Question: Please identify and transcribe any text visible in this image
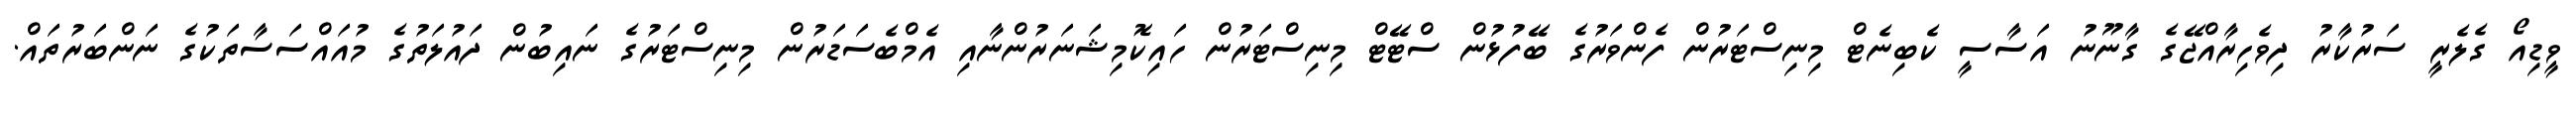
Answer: ވީޑިއޯ ގެލެރީ ސަރުކާރު ދިވެހިރާއްޖޭގެ ގާނޫނު އަސާސީ ކެބިނެޓް މިނިސްޓަރުން ފެންވަރުގެ ބޭފުޅުން ސްޓޭޓް މިނިސްޓަރުން ހައިކޮމިޝަނަރުންނާއި އެމްބެސަޑަރުން މިނިސްޓަރުގެ ނައިބުން ދައުލަތުގެ މުއައްސަސާތަކުގެ ނަންބަރުތައް.